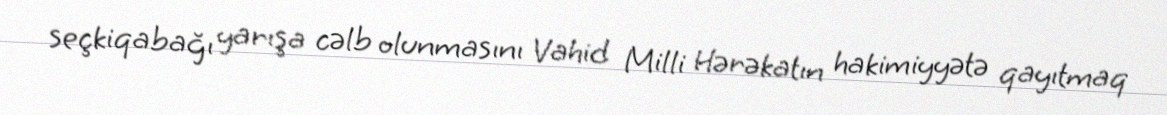
seçkiqabağı yarışa cəlb olunmasını Vahid Milli Hərəkatın hakimiyyətə qayıtmaq